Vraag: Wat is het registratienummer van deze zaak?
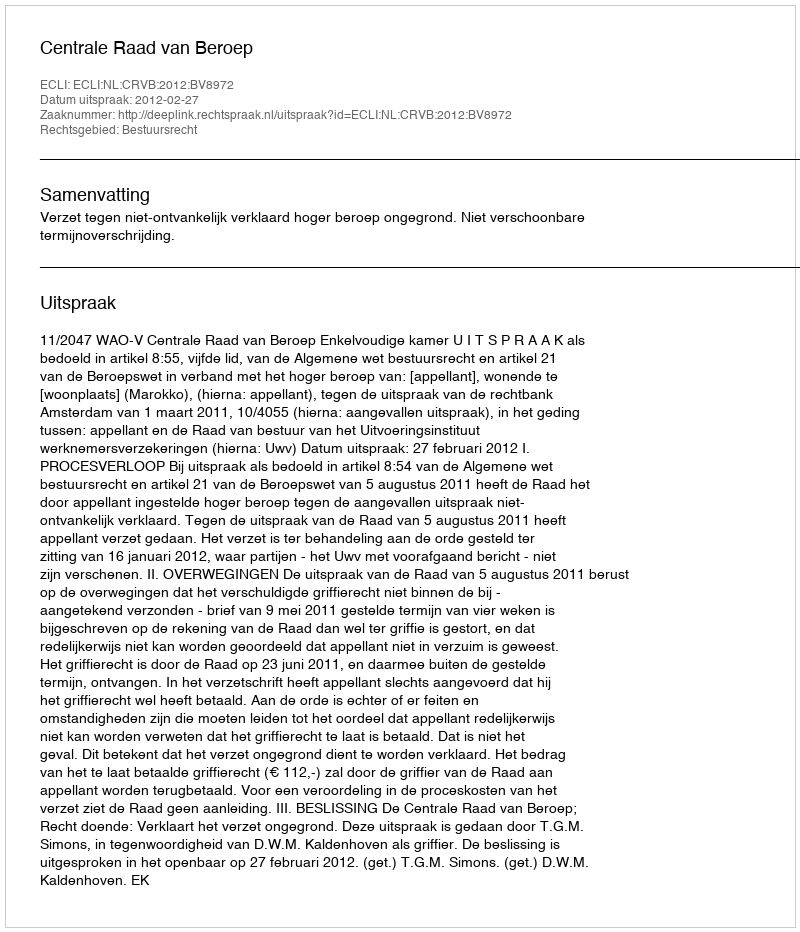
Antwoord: http://deeplink.rechtspraak.nl/uitspraak?id=ECLI:NL:CRVB:2012:BV8972